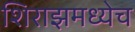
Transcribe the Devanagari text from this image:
शिराझमध्येच